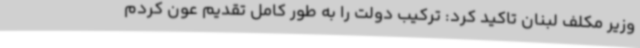
وزیر مکلف لبنان تاکید کرد: ترکیب دولت را به طور کامل تقدیم عون کردم